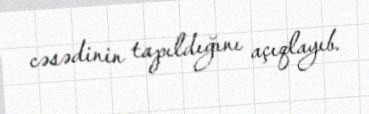
cəsədinin tapıldığını açıqlayıb.